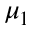
\mu _ { 1 }